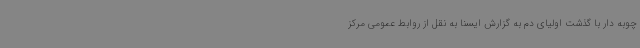
چوبه دار با گذشت اولیای دم به گزارش ایسنا به نقل از روابط عمومی مرکز